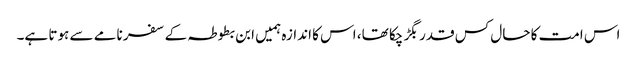
اس امت کا حال کس قدر بگڑ چکا تھا، اس کا اندازہ ہمیں ابن بطوطہ کے سفر نامے سے ہوتا ہے۔